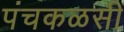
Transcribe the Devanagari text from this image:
पंचकळसी